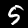
Digit: 5